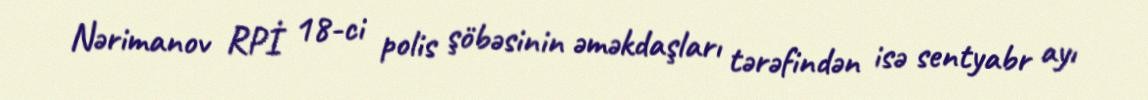
Nərimanov RPİ 18-ci polis şöbəsinin əməkdaşları tərəfindən isə sentyabr ayı